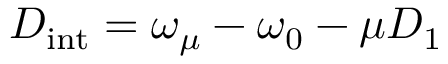
D _ { \mathrm { { i n t } } } = \omega _ { \mu } - \omega _ { 0 } - \mu D _ { 1 }